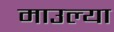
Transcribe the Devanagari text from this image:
माउल्या